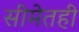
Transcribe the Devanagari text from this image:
सीमेतही